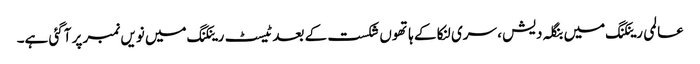
عالمی رینکنگ میں بنگلہ دیش ، سری لنکا کے ہاتھوں شکست کے بعد ٹیسٹ رینکنگ میں نویں نمبر پر آگئی ہے۔